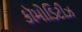
કૉમોડિટીઝ